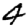
Digit: 4